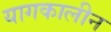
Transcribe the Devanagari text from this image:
यागकालीन